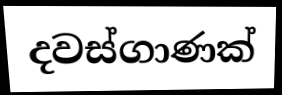
දවස්ගාණක්